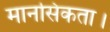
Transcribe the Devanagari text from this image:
मानसिकता।